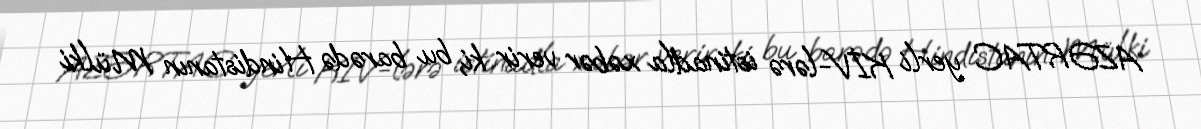
AZƏRTAC yerli KİV-lərə istinadla xəbər verir ki, bu barədə Hindistanın Mülki